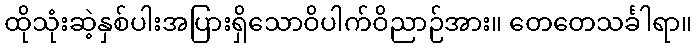
ထိုသုံးဆဲ့နှစ်ပါးအပြားရှိသောဝိပါက်ဝိညာဉ်အား။ တေတေသင်္ခါရာ။